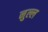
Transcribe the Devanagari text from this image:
नुल्ल